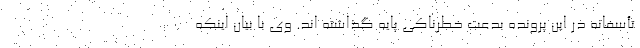
تأسفانه در این پرونده بدعت خطرناکی پایه گذاشته اند. وی با بیان اینکه